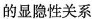
的显隐性关系